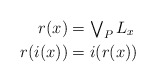
\begin{align*}r(x) &= \textstyle\bigvee_P L_x\\r(i(x)) &= i(r(x))\end{align*}